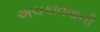
અચકાવવાની